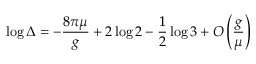
\log \Delta = - \frac { 8 \pi \mu } { g } + 2 \log 2 - \frac 1 2 \log 3 + O \left( \frac { g } { \mu } \right)